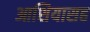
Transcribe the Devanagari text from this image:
आशियासह